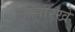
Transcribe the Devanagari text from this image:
ह्यासारखे